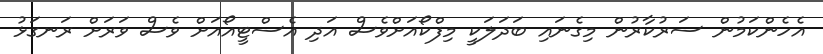
އެހެންކަމުން ސަރުކާރުން މިގެނައި ބަދަލަކީ މިފްކޯއަށްވެސް އަދި އެސްޓީއޯއަށް ވެސް ވަރަށް ރަނގަޅު